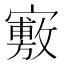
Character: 𡫣